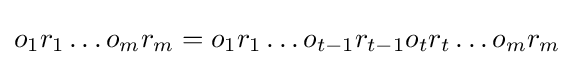
o_{1}r_{1}\ldots o_{m}r_{m}=o_{1}r_{1}\ldots o_{t-1}r_{t-1}o_{t}r_{t}\ldots o_{m}r_{m}